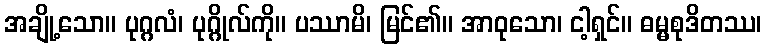
အချို့သော။ ပုဂ္ဂလံ၊ ပုဂ္ဂိုလ်ကို။ ပဿာမိ၊ မြင်၏။ အာဝုသော၊ ငါ့ရှင်။ ဓမ္မစုဒိတဿ၊